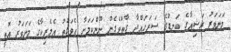
މަނަވަރު ރަޝިއާގެ ކަނޑުގެ ސަރަހައްދާ ގާތްވެގެން ނޫންކަމަށާ އެވަގުތު އެމެރިކާގެ މަނަވަރު އޮތީ